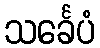
သင်္ခေပံ